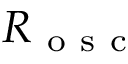
R _ { \mathrm { ~ o ~ s ~ c ~ } }